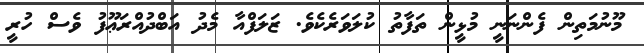
މޫނުމަތިން ފެންނަނީ މުޅީން ތަފާތު ކުލަވަރެކެވެ. ޒަލަފްއާ މެދު އަބްދުއްރަޢޫފު ވެސް ހުރީ